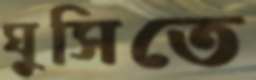
ঘুসিতে